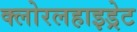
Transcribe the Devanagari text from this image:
क्लोरलहाइड्रेट